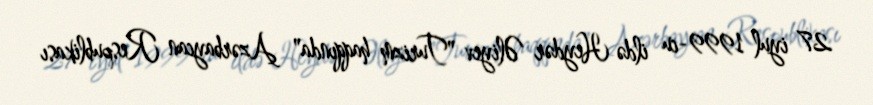
27 iyul 1999-cu ildə Heydər Əliyev "Turizm haqqında" Azərbaycan Respublikası